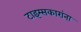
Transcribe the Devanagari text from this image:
टाइम्सकारांना